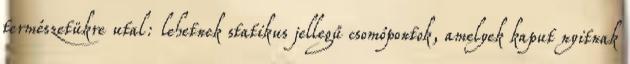
természetükre utal: lehetnek statikus jellegű csomópontok, amelyek kaput nyitnak